342_HS1-416511228_319.1 Flying Discs 1949
Agency: Department of War
Incident date: 1/9/50
Page 141
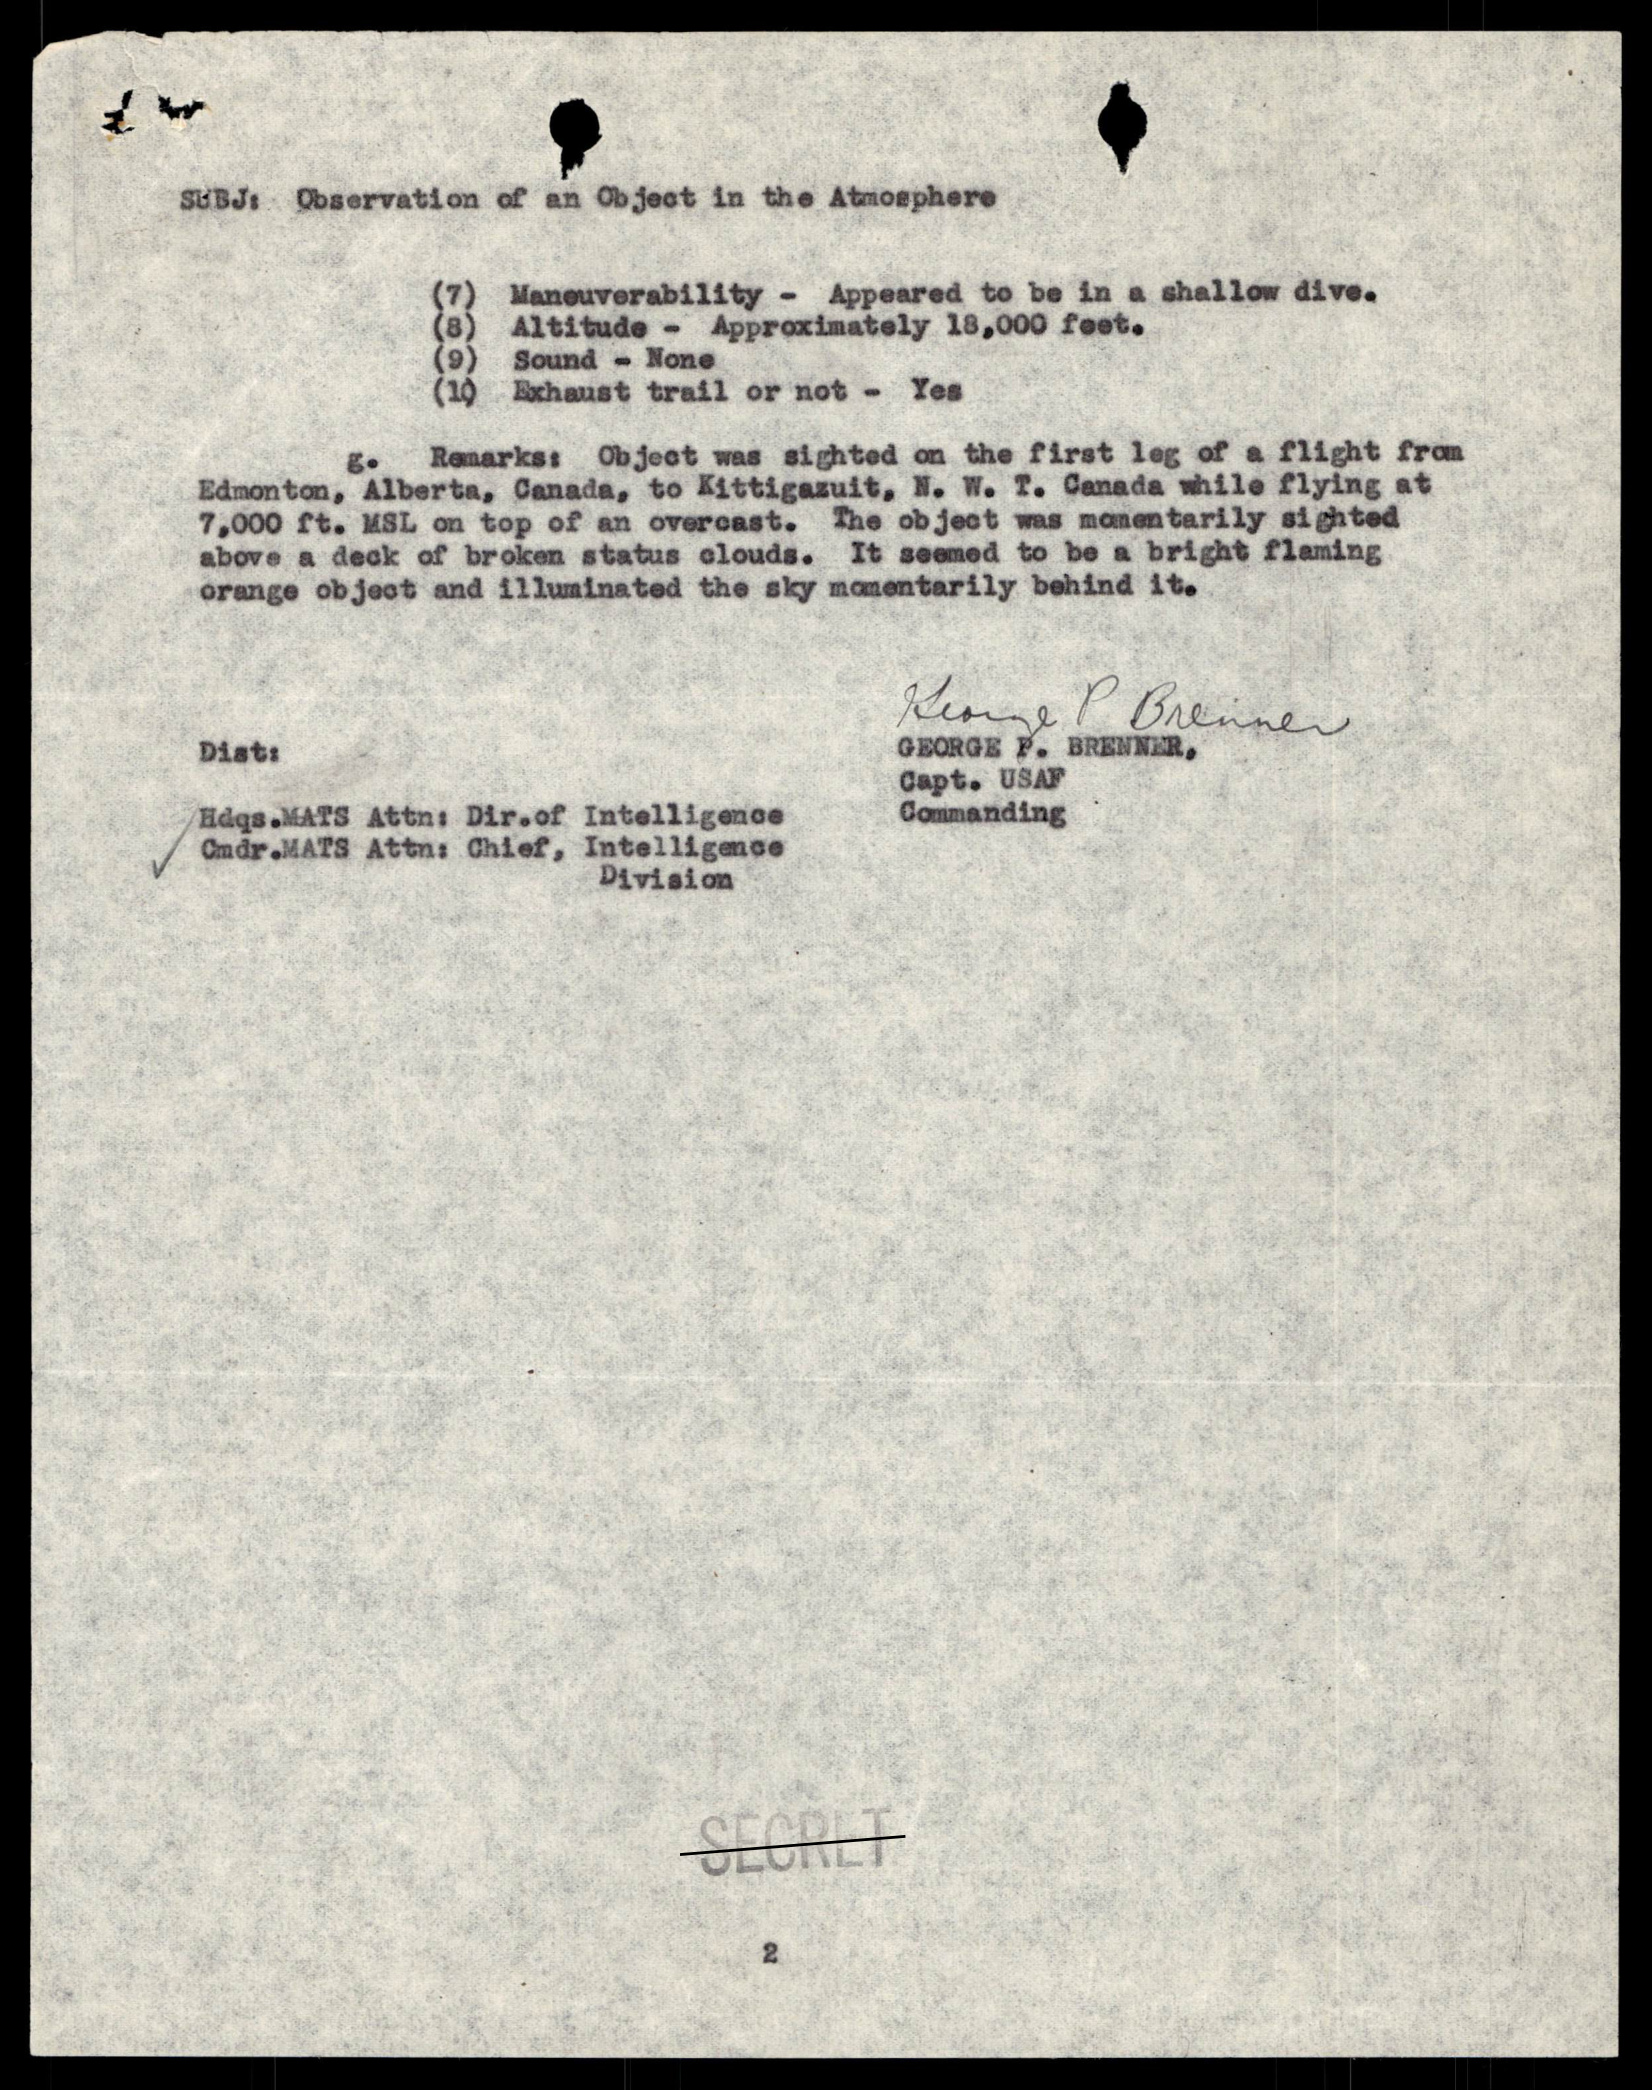